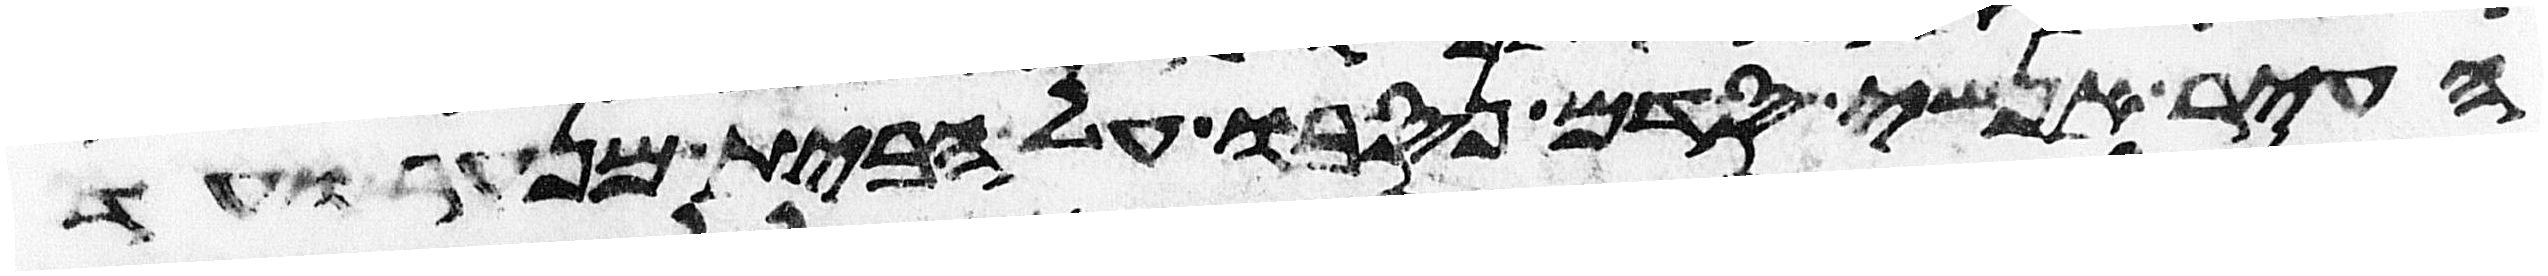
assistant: העיר אנשי סדם נסבו על הבית מנער ועד